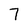
Character: 7